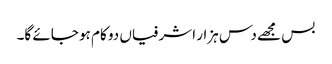
بس مجھے دس ہزار اشرفیاں دو کام ہو جائے گا۔